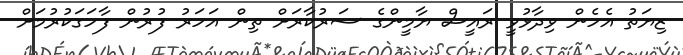
ޒިޔަތު އެހެން ވިދާޅުވީ ރައީސް ޔާމީންގެ ސަރުކާރަށް ތިން އަހަރު ފުރުން ފާހަގަކުރުމަށް